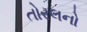
તોરલનો